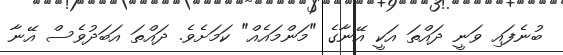
ބުނެފައި ވަނީ ދައްތަ އަކީ އޭނާގެ "މަންމައެއް" ކަމަށެވެ. ދައްތަ އަބަދުވެސް އޭނާ